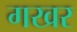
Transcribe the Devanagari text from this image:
गखर